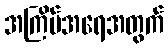
အကြိမ်အရေအတွက်